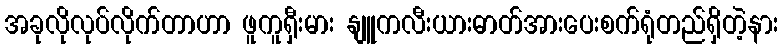
အခုလိုလုပ်လိုက်တာဟာ ဖူကူရှီးမား နျူကလီးယားဓာတ်အားပေးစက်ရုံတည်ရှိတဲ့နား